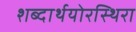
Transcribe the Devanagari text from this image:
शब्दार्थयोरस्थिरा